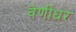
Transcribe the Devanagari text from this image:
वेणीधर